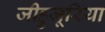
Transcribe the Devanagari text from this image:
जीहुजूरिया